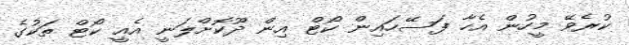
ކުރެވޭ މީހުން އެހާ ފަސޭހައިން ކޯޓް އިން ދޫކޮށްލަނީ އެއީ ކޯޓް ތަކުގެ